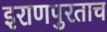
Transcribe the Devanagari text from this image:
इराणपुरताच